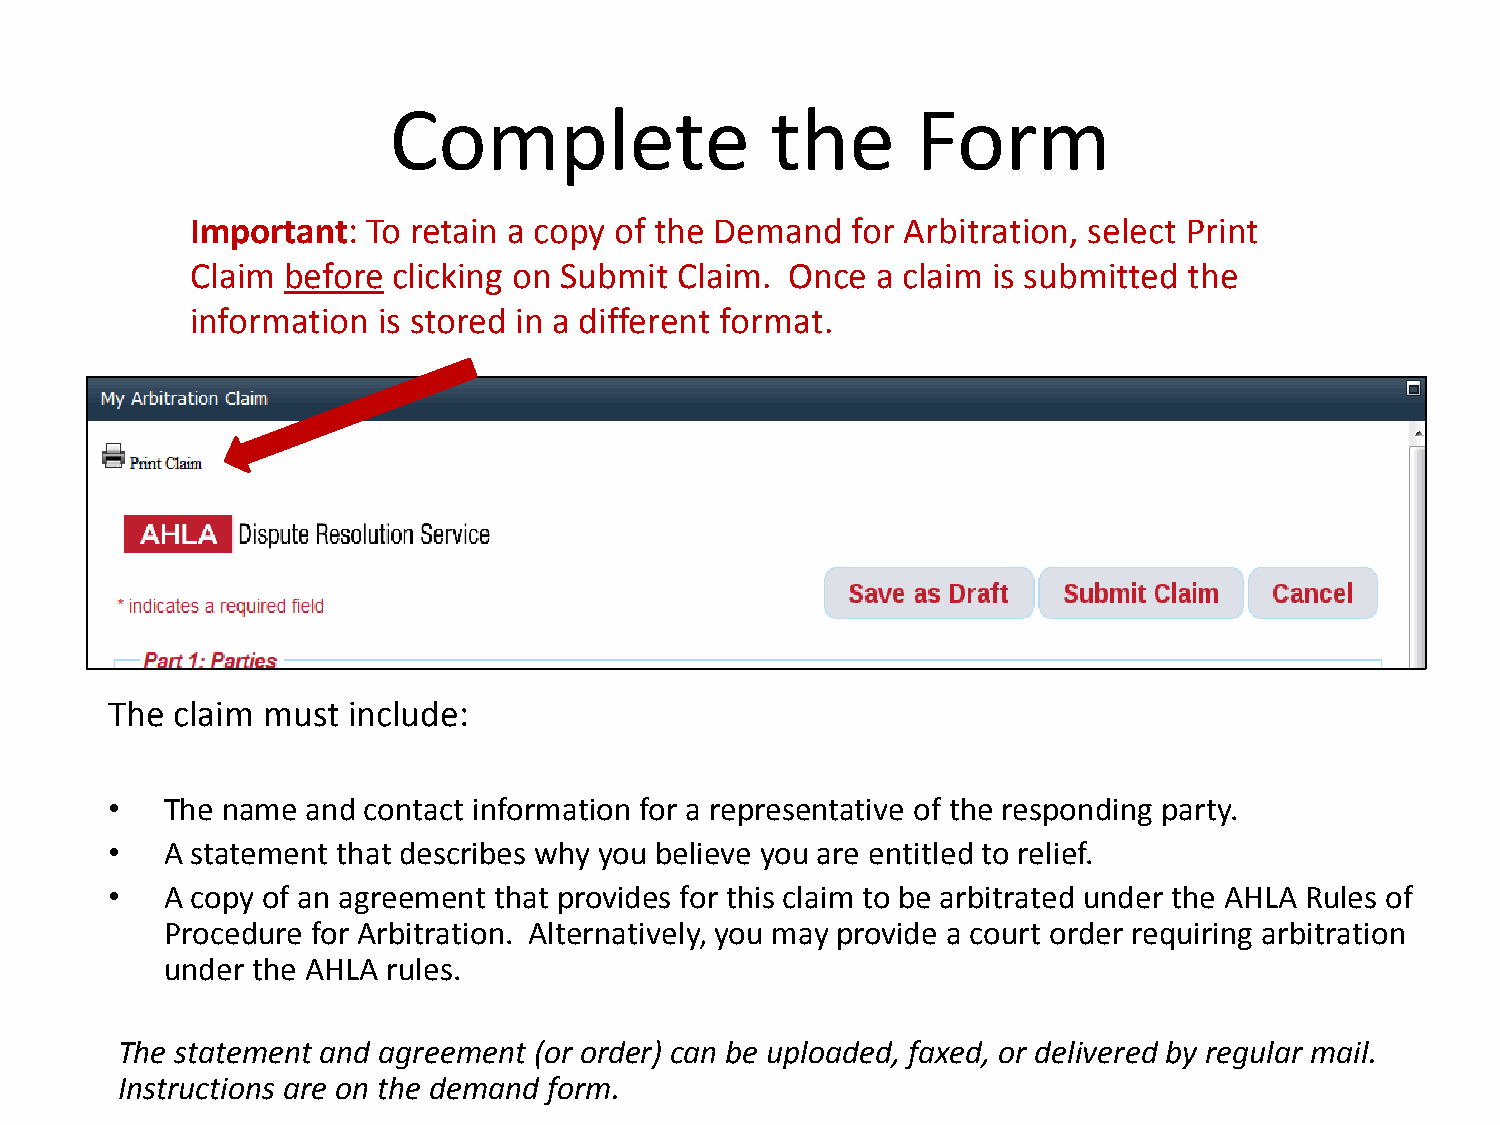
Complete                 the       Form
 Important: To retain a copy of the Demand  for Arbitration, select Print
 Claim before clicking on Submit Claim. Once  a claim is submitted the
 information is stored in a different format.
 The claim must  include:
 •   The name and contact information for a representative of the responding party.
 •   A statement that describes why you believe you are entitled to relief.
 •   A copy of an agreement that provides for this claim to be arbitrated under the AHLA Rules of
 Procedure for Arbitration. Alternatively, you may provide a court order requiring arbitration
 under the AHLA rules.
 The statement and agreement (or order) can be uploaded, faxed, or delivered by regular mail.
 Instructions are on the demand form.